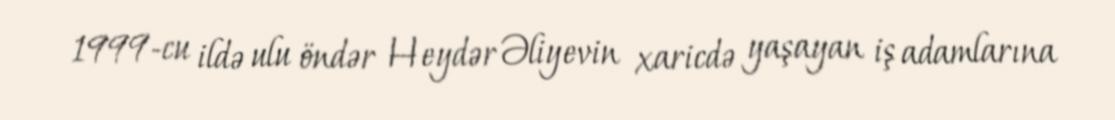
1999-cu ildə ulu öndər Heydər Əliyevin xaricdə yaşayan iş adamlarına